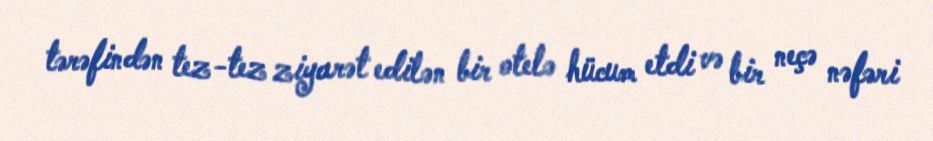
tərəfindən tez-tez ziyarət edilən bir otelə hücum etdi və bir neçə nəfəri